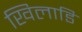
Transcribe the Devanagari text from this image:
खिलाडि